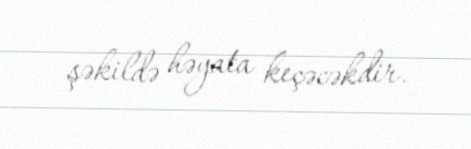
şəkildə həyata keçəcəkdir.